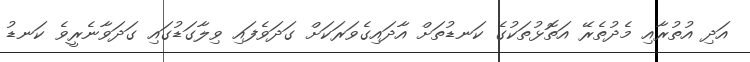
އަދި އުތުރާއި މެދުތެރޭ އަތޮޅުތަކުގެ ކަނޑުތަށް އާދައިގެވަރަކަށް ގަދަވެފައި ވިލާގަޑުގައި ގަދަވާނެރީވެ ކަނޑު